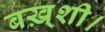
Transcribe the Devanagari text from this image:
बख़्शी।